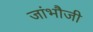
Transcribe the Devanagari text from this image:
जांभौजी